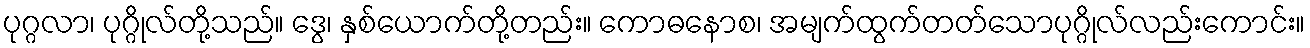
ပုဂ္ဂလာ၊ ပုဂ္ဂိုလ်တို့သည်။ ဒွေ၊ နှစ်ယောက်တို့တည်း။ ကောဓနောစ၊ အမျက်ထွက်တတ်သောပုဂ္ဂိုလ်လည်းကောင်း။